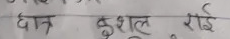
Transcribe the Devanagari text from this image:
दान कुशल राई